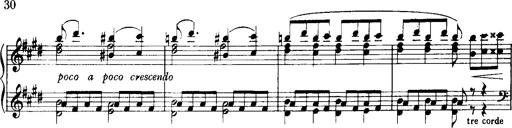
Title: Historische ungarische Bildnisse
Composer: Franz Liszt